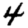
Digit: 4